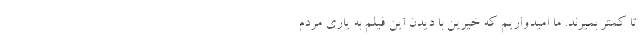
تا کمتر بمیرند. ما امیدواریم که خیرین با دیدن این فیلم به یاری مردم